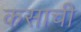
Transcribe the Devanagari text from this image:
कसाची